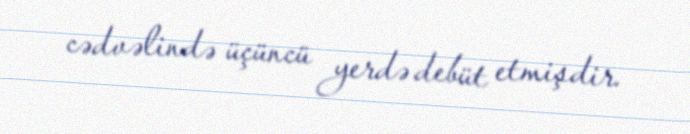
cədvəlində üçüncü yerdə debüt etmişdir.